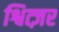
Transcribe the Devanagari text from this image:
श्वित्ज़र